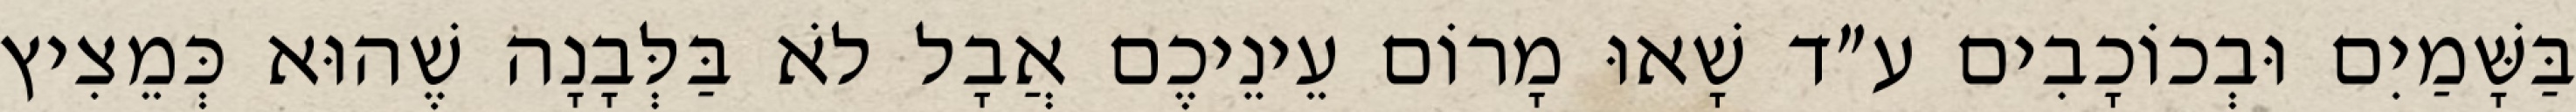
בַּשָּׁמַיִם וּבְכוֹכָבִים ע״ד שָׁאוּ מָרוֹם עֵינֵיכֶם אֲבָל לֹא בַּלְּבָנָה שֶׁהוּא כְּמֵצִיץ